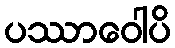
ပဿာဝေါပိ